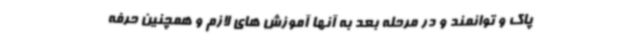
پاک و توانمند و در مرحله بعد به آنها آموزش های لازم و همچنین حرفه